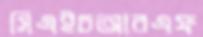
সিএইচআরএফ